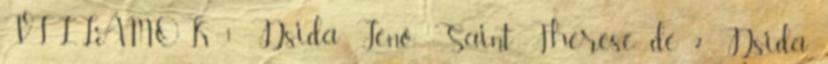
VILLÁMOK 1 Dsida Jenő: Saint Therese de 2 Dsida